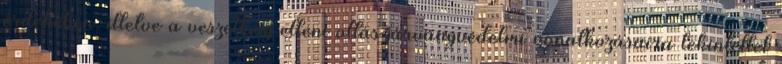
érdekében, illetve a veszettség elleni oltás járványvédelmi vonatkozásaira tekintettel